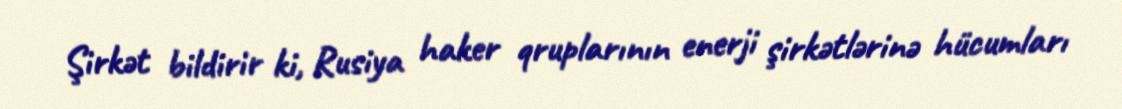
Şirkət bildirir ki, Rusiya haker qruplarının enerji şirkətlərinə hücumları